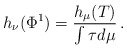
\begin{align*}h_\nu(\Phi ^1)=\frac{h_\mu(T)}{\int \tau d \mu} \, .\end{align*}